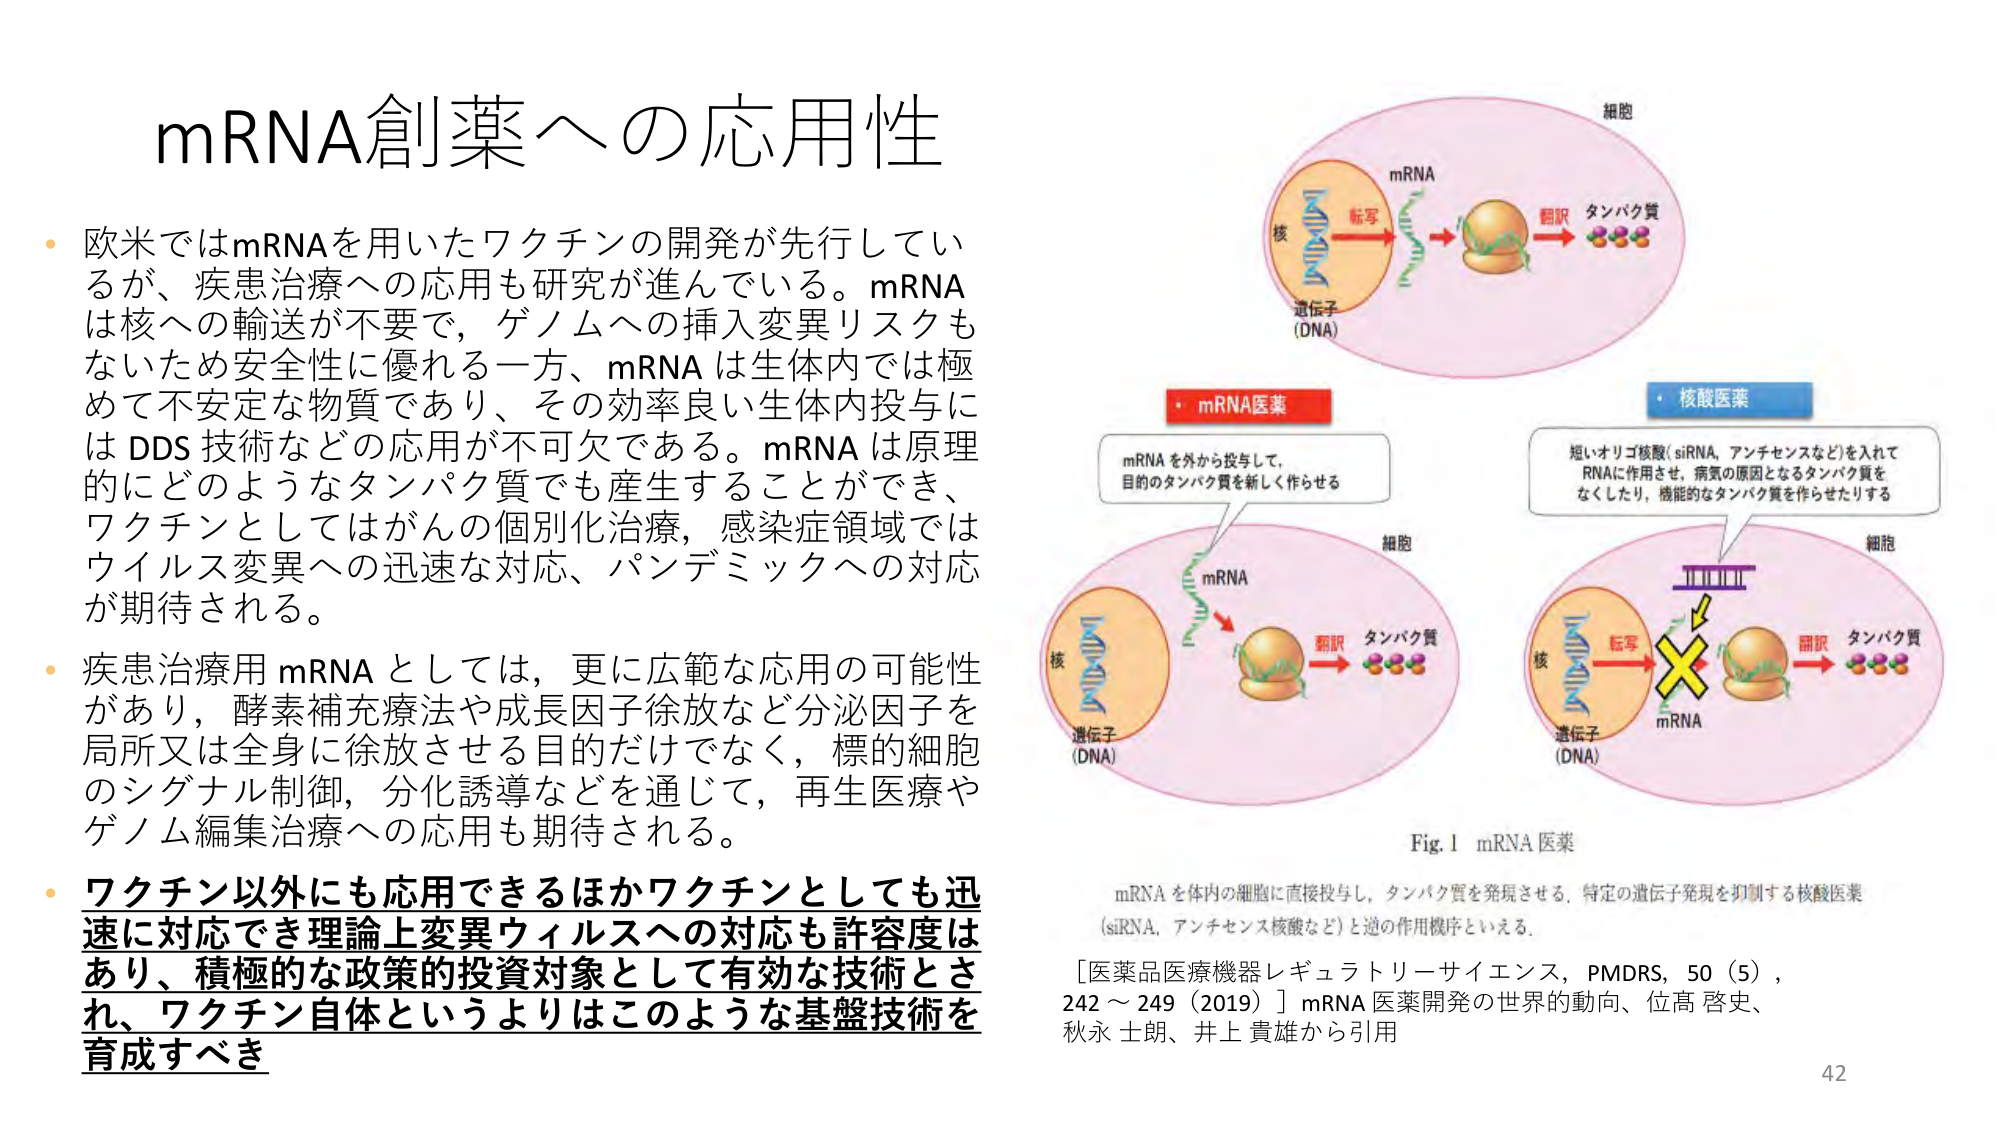
mRNA創薬への応用性

・欧米ではmRNAを用いたワクチンの開発が先行しているが、疾患治療への応用も研究が進んでいる。mRNAは核への輸送が不要で、ゲノムへの挿入変異リスクもないため安全性に優れる一方、mRNAは生体内では極めて不安定な物質であり、その効率良い生体内投与にはDDS技術などの応用が不可欠である。mRNAは原理的にどのようなタンパク質でも産生することができ、ワクチンとしてはがんの個別化治療、感染症領域ではウイルス変異への迅速な対応、パンデミックへの対応が期待される。

・疾患治療用mRNAとしては、更に広範な応用の可能性があり、酵素補充療法や成長因子徐放など分泌因子を局所又は全身に徐放させる目的だけでなく、標的細胞のシグナル制御、分化誘導などを通じて、再生医療やゲノム編集治療への応用も期待される。

・ワクチン以外にも応用できるほかワクチンとしても迅速に対応でき理論上変異ウイルスへの対応も許容度はあり、積極的な政策的投資対象として有効な技術とされ、ワクチン自体というよりはこのような基盤技術を育成すべき

細胞
mRNA
転写
翻訳
タンパク質
核
遺伝子
(DNA)

・mRNA医薬
mRNAを外から投与して、
目的のタンパク質を新しく作らせる

・核酸医薬
短いオリゴ核酸（siRNA、アンチセンスなど）を入れて
RNAに作用させ、病気の原因となるタンパク質を
なくしたり、機能的なタンパク質を作らせたりする

細胞
mRNA
転写
翻訳
タンパク質
核
遺伝子
(DNA)

細胞
mRNA
転写
翻訳
タンパク質
核
遺伝子
(DNA)

Fig. 1 mRNA医薬

mRNAを体内の細胞に直接投与し、タンパク質を発現させる。特定の遺伝子発現を抑制する核酸医薬（siRNA、アンチセンス核酸など）と逆の作用機序といえる。

［医薬品医療機器レギュラトリーサイエンス，PMDRS，50（5），242～249（2019）］mRNA医薬開発の世界的動向、位高啓史、秋永士朗、井上貴雄から引用

42